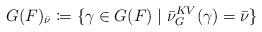
LaTeX: \begin{align*} G(F)_{\bar\nu} \coloneqq \{\gamma \in G(F) \mid \bar\nu^{KV}_G(\gamma) = \bar\nu \} \end{align*}